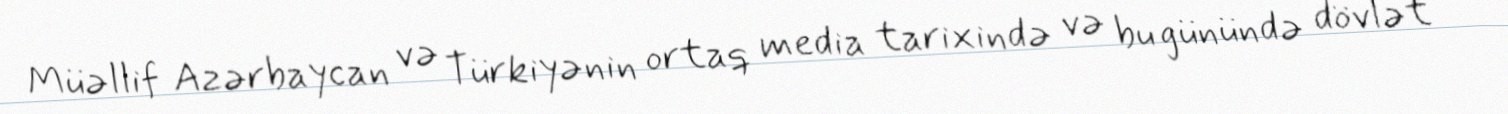
Müəllif Azərbaycan və Türkiyənin ortaq media tarixində və bu günündə dövlət